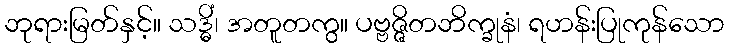
ဘုရားမြတ်နှင့်။ သဒ္ဓိံ၊ အတူတကွ။ ပဗ္ဗဇ္ဇိတဘိက္ခုနံ၊ ရဟန်းပြုကုန်သော